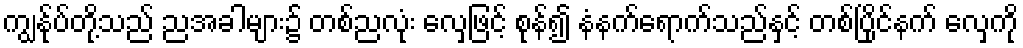
ကျွန်ုပ်တို့သည် ညအခါများ၌ တစ်ညလုံး လှေဖြင့် စုန်၍ နံနက်ရောက်သည်နှင့် တစ်ပြိုင်နက် လှေကို